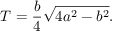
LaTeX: T = { \frac { b } { 4 } } { \sqrt { 4 a ^ { 2 } - b ^ { 2 } } } .